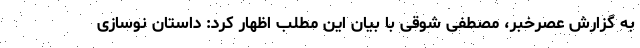
به گزارش عصرخبر، مصطفی شوقی با بیان این مطلب اظهار کرد: داستان نوسازی